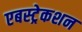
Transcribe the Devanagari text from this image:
एबस्ट्रेकशन